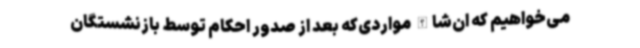
می‌خواهیم که ان‌شاالله مواردی‌که بعد از صدور احکام توسط بازنشستگان